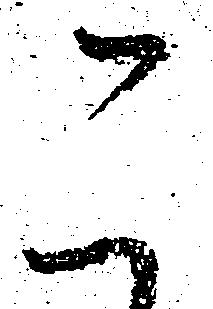
こ